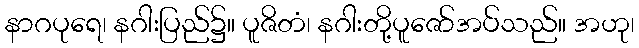
နာဂပုရေ၊ နဂါးပြည်၌။ ပူဇိတံ၊ နဂါးတို့ပူဇော်အပ်သည်။ အဟု၊